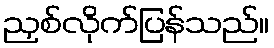
ညှစ်လိုက်ပြန်သည်။